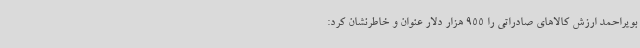
بویراحمد ارزش کالاهای صادراتی را 955 هزار دلار عنوان و خاطرنشان کرد: